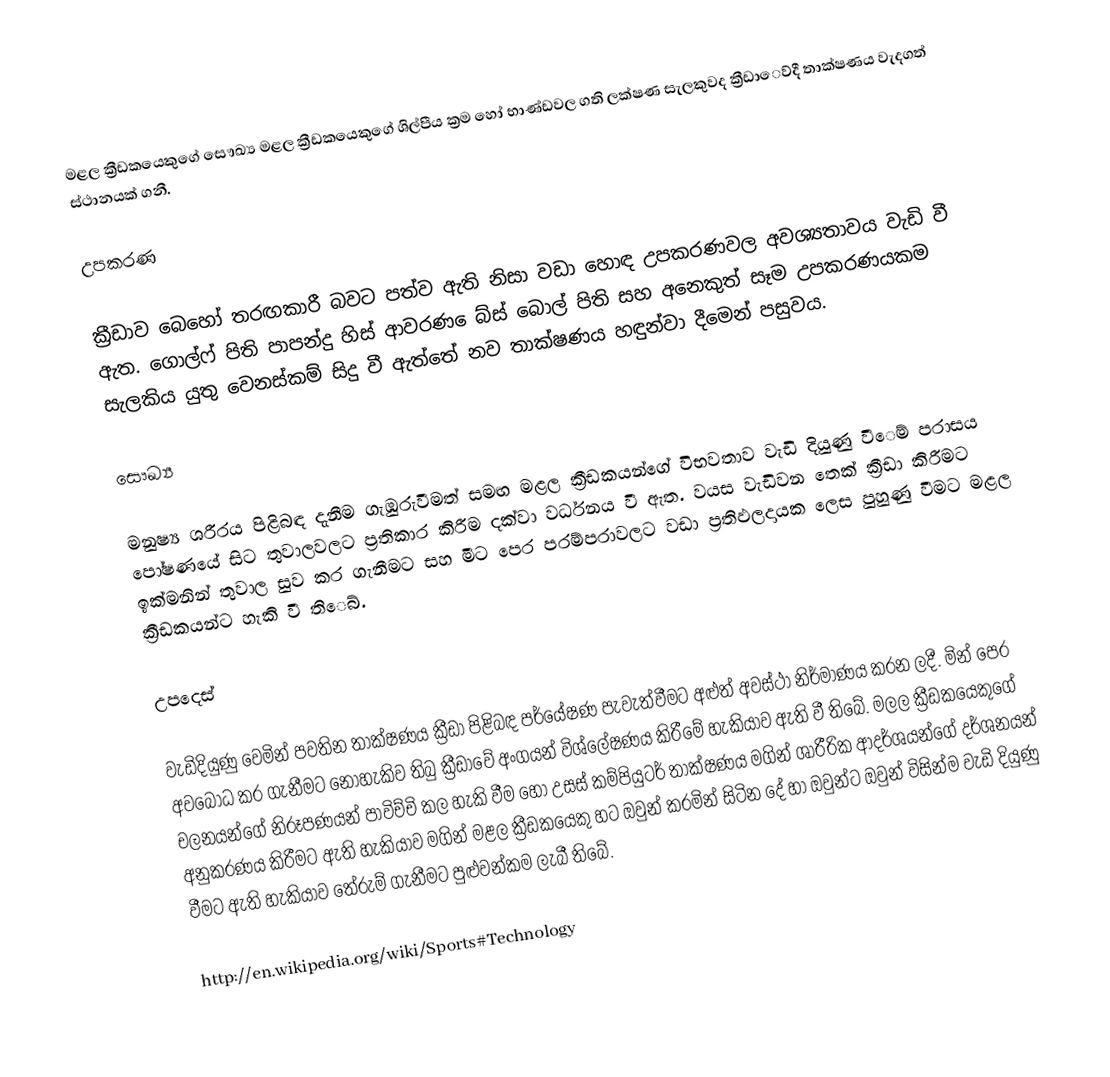
මළල ක්‍රීඩකයෙකුගේ සෞඛ්‍ය මළල ක්‍රීඩකයෙකුගේ ශිල්පීය ක්‍රම හෝ භාණ්ඩවල ගති ලක්ෂණ සැලකුවද ක්‍රීඩා‍ෙව්‍දී තාක්ෂණය වැදගත් ස්ථානයක් ගනී.

උපකරණ

ක්‍රීඩා‍ව බෙහෝ තරඟකාරී බවට පත්ව ඇති නිසා  වඩා හොඳ උපකරණවල අවශ්‍යතාවය වැඩි වී ඇත. ගොල්ෆ් පිති පාපන්දු හිස් ආවරණ ‍ෙබ්‍ස් බොල්  පිති සහ අනෙකුත් සෑම උපකරණයකම සැලකිය යුතු වෙනස්කම්‍ සිදු වී ඇත්තේ නව තාක්ෂණය හඳුන්වා දීමෙන් පසුවය.

සෞඛ්‍ය

මනුෂ්‍ය ශරීරය පිළිබඳ දැනීම ගැඹුරුවීමත් සමඟ මළල ක්‍රීඩකයන්ගේ විභවතාව වැඩි දියුණු වී‍ෙම් පරාසය පෝෂණයේ සිට තුවාලවලට ප්‍රතිකාර කිරීම දක්වා වර්ධනය වී ඇත. වයස වැඩිවන තෙක් ක්‍රීඩා කිරීමට ඉක්මනින් තුවාල සුව කර ගැනීමට සහ මීට පෙර පරම්‍පරාවලට වඩා ප්‍රතිඵලදායක ලෙස පුහුණු වීමට මළල ක්‍රීඩකයන්ට හැකි වී ති‍ෙබ්‍.

උපදෙස්

වැඩිදියුණු වෙමින් පවතින තාක්ෂණය ක්‍රීඩා පිළිබඳ පර්යේෂණ පැවැත්වීමට අළුත් අවස්ථා නිර්මාණය කරන ලදී. මින් පෙර අවබෝධ කර ගැනීමට නොහැකිව තිබු ක්‍රීඩාවේ අංගයන් විශ්ලේෂණය කිරීමේ හැකියාව ඇති වී තිබේ. මලල ක්‍රීඩකයෙකුගේ චලනයන්ගේ නිරූපණයන් පාවිච්චි කල හැකි වීම හෝ උසස් කම්පියුටර් තාක්ෂණය මගින් ශාරීරික ආදර්ශයන්ගේ දර්ශනයන් අනුකරණය කිරීමට ඇති හැකියාව මගින් මළල ක්‍රීඩකයෙකු හට ඔවුන් කරමින් සිටින දේ හා ඔවුන්ට ඔවුන් විසින්ම වැඩි දියුණු වීමට ඇති හැකියාව තේරුම් ගැනීමට පුළුවන්කම ලැබී තිබේ.

http://en.wikipedia.org/wiki/Sports#Technology